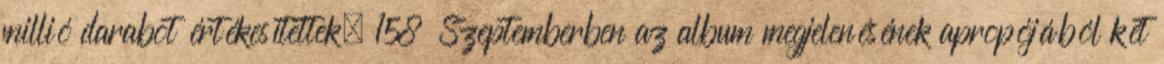
millió darabot értékesítettek. 158 Szeptemberben az album megjelenésének apropójából két